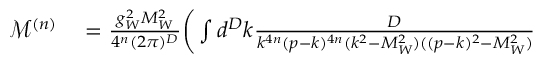
\begin{array} { r l } { \mathcal { M } ^ { ( n ) } } & { { } = \frac { g _ { W } ^ { 2 } M _ { W } ^ { 2 } } { 4 ^ { n } ( 2 \pi ) ^ { D } } \bigg ( \int d ^ { D } k \frac { D } { k ^ { 4 n } ( p - k ) ^ { 4 n } ( k ^ { 2 } - M _ { W } ^ { 2 } ) ( ( p - k ) ^ { 2 } - M _ { W } ^ { 2 } ) } } \end{array}